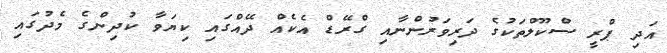
އަދި ޕްރީ ސްކޫލްތަކުގެ ދަރިވަރުންނާއި ގްރޭޑް އެކެއް ދޭއްގައި ކިޔަވާ ކުދިންގެ މެދުގައި